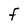
Character: F